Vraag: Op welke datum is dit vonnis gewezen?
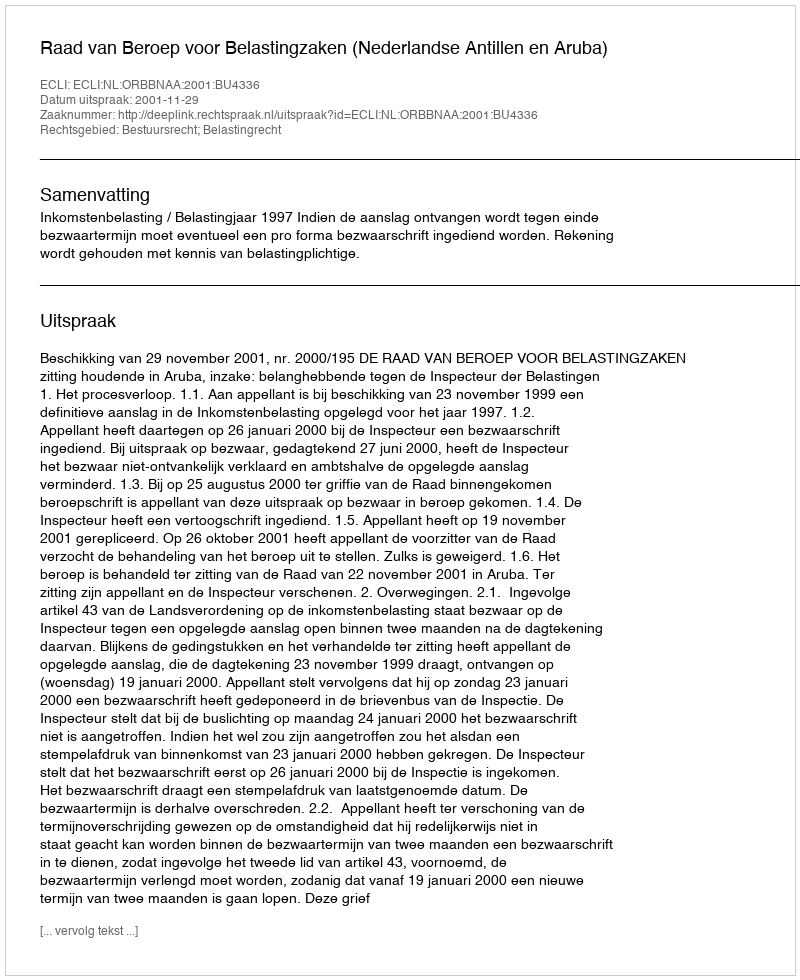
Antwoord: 2001-11-29